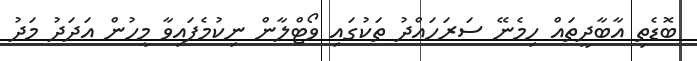
ބޮޑެތި އާބާދީތައް ހިމެނޭ ސަރަހައްދު ތަކުގައި ވޯޓްލާން ނިކުމެފައިވާ މީހުން އަދަދު މަދު